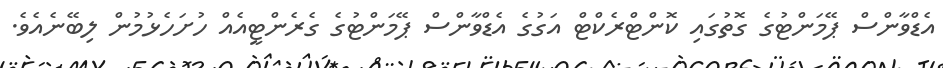
އެޑްވާންސް ޕޭމަންޓުގެ ގޮތުގައި ކޮންޓްރެކްޓް އަގުގެ އެޑްވާންސް ޕޭމަންޓުގެ ގެރެންޓީއެއް ހުށަހެޅުމުން ލިބޭނެއެވެ.